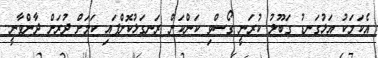
އެކަމަކު އަޅުގަނޑު ގަބޫލު ކުރަނީ ގޯސްވި ކަންކަން ރަނގަޅުކޮށްފައި ކަމަށް ދުރަށް ދާންވާނީ.